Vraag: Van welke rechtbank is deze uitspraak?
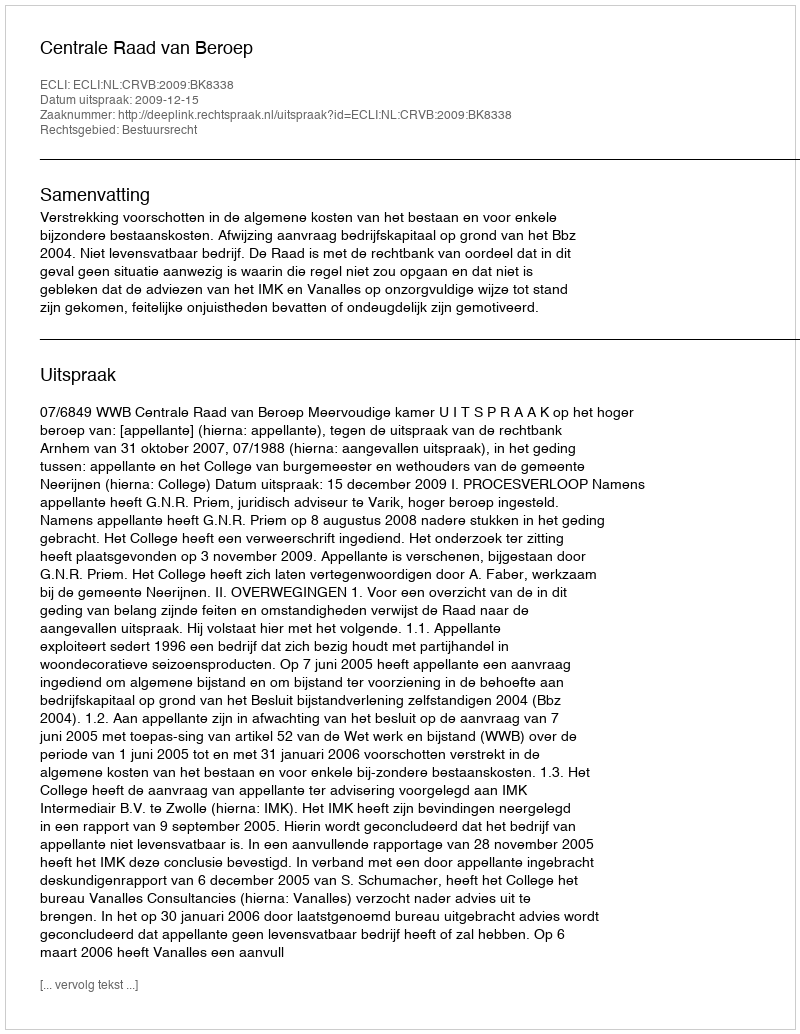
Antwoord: Centrale Raad van Beroep